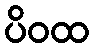
ပိဝထ